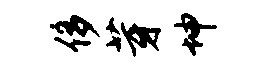
侈芽坤